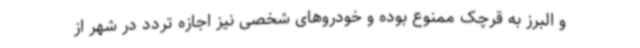
و البرز به قرچک ممنوع بوده و خودروهای شخصی نیز اجازه تردد در شهر از